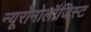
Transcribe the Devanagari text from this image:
न्यूरोनोलॉजिस्ट